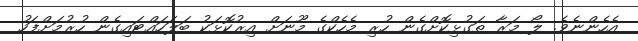
އެހެންނެވެ. ލޯ މަރާ ތަގުޅިކޮށްގެން ހުރި މެހެކްގެ މޫނަށް އިރުކޮޅަކު ބަލަހައްޓައިގެން ހުރުމަށްފަހު